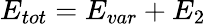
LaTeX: E_{tot}=E_{var}+E_{2}